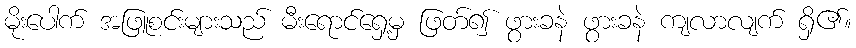
မိုးပေါက် အဖြူစင်းများသည် မီးရောင်ရှေ့မှ ဖြတ်၍ ဖွားခနဲ ဖွားခနဲ ကျလာလျက် ရှိ၏။